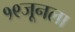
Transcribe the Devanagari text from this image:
१९जूनला